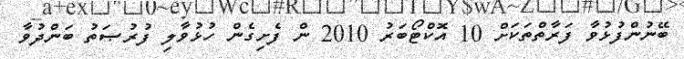
ބޭނުންފުޅުވާ ފަރާތްތަކަށް 10 އޮކްޓޯބަރު 2010 ން ފެށިގެން ހުޅުވާލި ފުރުޞަތު ބަންދުވާ